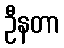
ဦနတာ